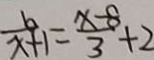
\frac { b } { x + 1 } = \frac { x - 8 } { 3 } + 2